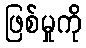
ဖြစ်မှုကို